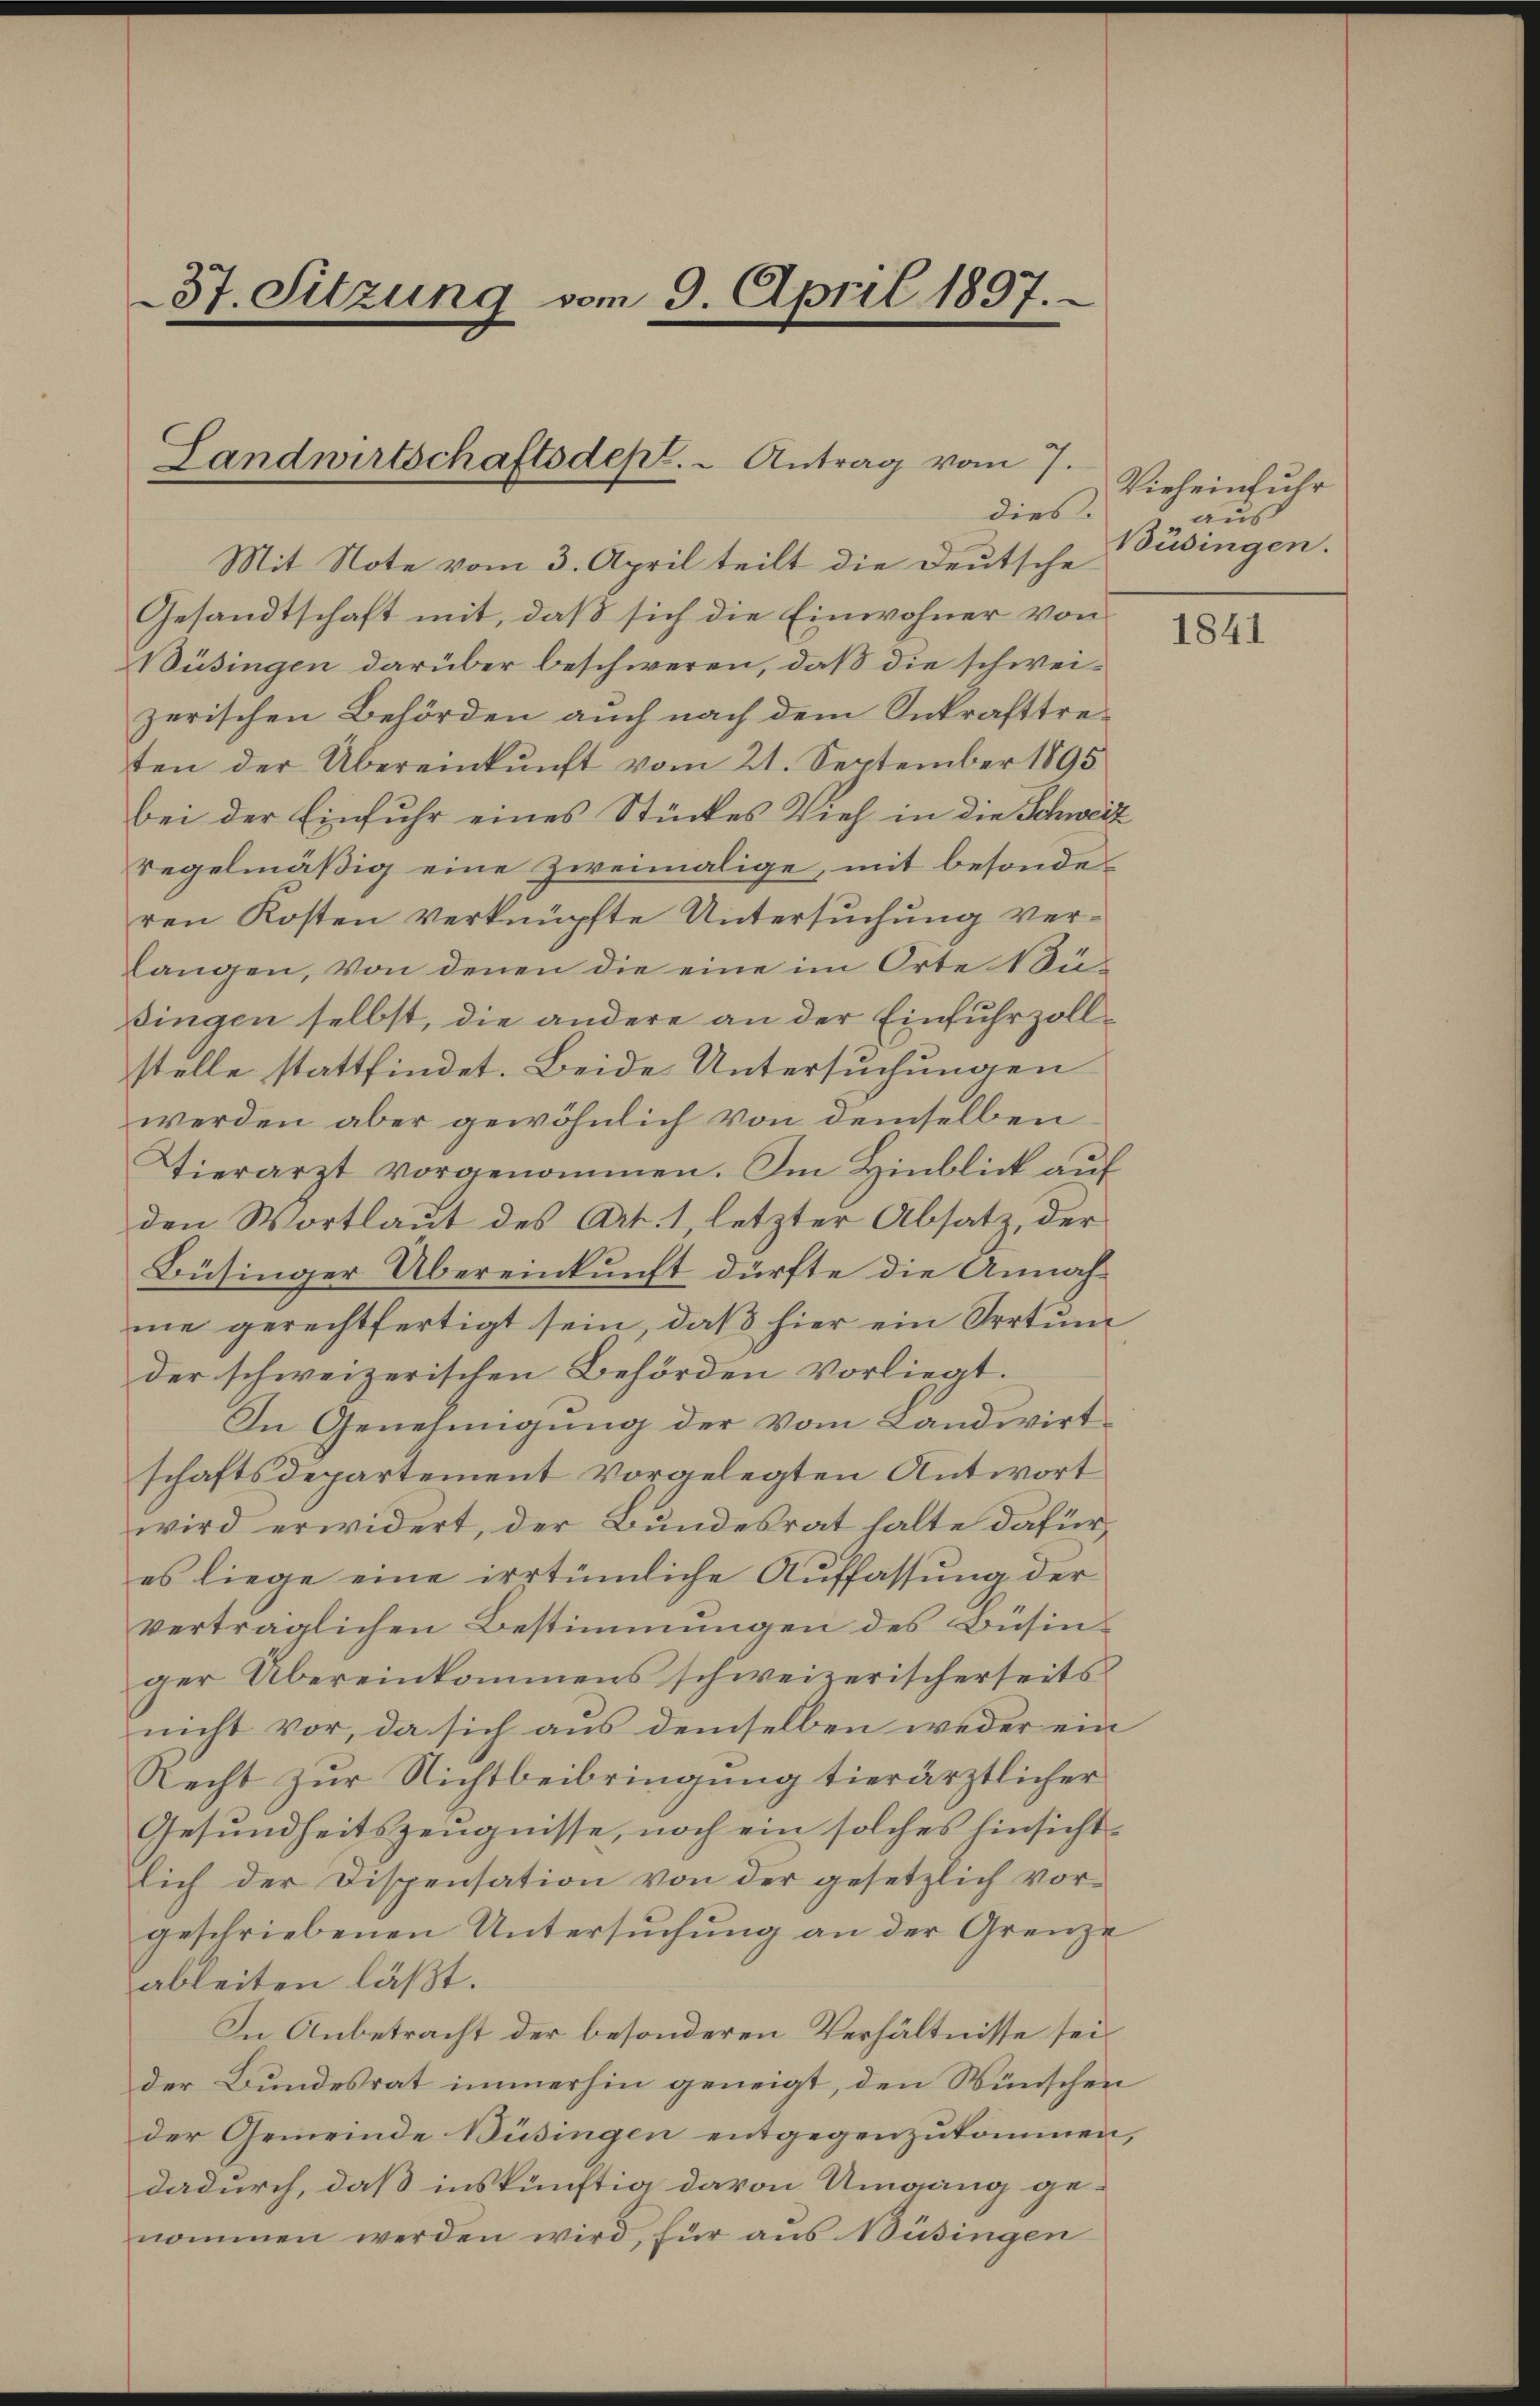
37. Sitzung vom 9. April 1897.

Landwirtschaftsdep. " Antrag vom 7.

dies.
Mit Note vom 3. April teilt die Deutsche
Gesandtschaft mit, daß sich die Einwohner von
Büsingen darüber beschweren, daß die schweizerischen Behörden auch nach dem Inkrafttreten der Übereinkunft vom 21. September 1895
bei der Einfuhr eines Stückes Vieh in die Schweiz
Regelmäßig eine zweimalige, mit besonde
ren Kosten verknüpfte Untersuchung verlangen, von denen die eine im Orte 1 Sü-
singen selbst, die andere an der Einfuhrzollstelle stattfindet. Beide Untersuchungen
werden aber gewöhnlich von demselben
Tierarzt vorgenommen. Im Hinblick auf
den Wortlaut des Art. 1, letzter Absatz, der
Büsinger Übereinkunft dürfte die Annahme gerechtfertigt sein, daß hier ein Irrtum
der schweizerischen Behörden vorliegt.
In Genehmigung der vom Landwirtschaftsdepartement vorgelegten Antwort
wird erwidert, der Bundesrat halte dafür,
es liege eine irrtümliche Auffassung der
vertraglichen Bestimmungen des Büsinger Übereinkommens schweizerischerseits
nicht vor, da sich aus demselben weder ein
Recht zur Nichtbeibringung tierärztlicher
Gesundheitszeugnisse, noch ein solches hinsicht
lich der Dispensation von der gesetzlich vorgeschriebenen Untersuchung an der Grenze
ableiten läßt.
In Anbetracht der besonderen Verhältnisse sei
der Bundesrat immerhin geneigt, den Wünschen
der Gemeinde Büsingen entgegenzukommen,
dadurch, daß inskünftig davon Umgang ge-
nommen werden wird, für aus Büsingen

Vieheinfuhr
aus
Büsingen.

1841